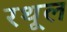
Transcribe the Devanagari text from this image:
रथूल